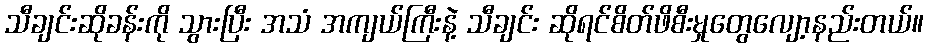
သီချင်းဆိုခန်းကို သွားပြီး အသံ အကျယ်ကြီးနဲ့ သီချင်း ဆိုရင်စိတ်ဖိစီးမှုတွေလျော့နည်းတယ်။